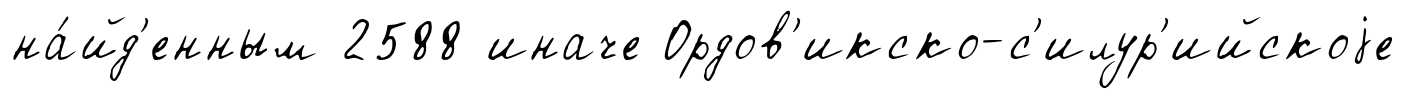
на́йд'енным 2588 иначе Ордов'икско-с'илур'ийскоjе